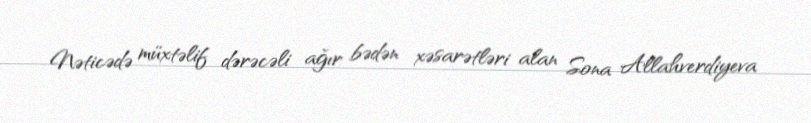
Nəticədə müxtəlif dərəcəli ağır bədən xəsarətləri alan Sona Allahverdiyeva